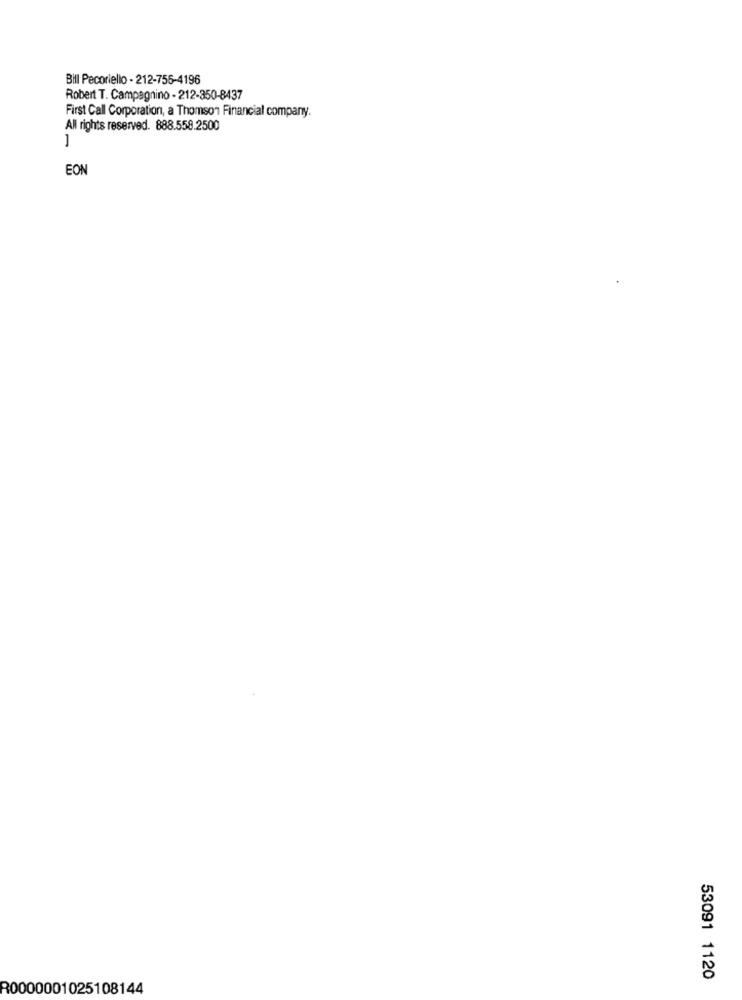
Bill Pecoriello - 212-755-4196
Robert T. Campagnino - 212-350-8437
First Call Corporation, a Thomson Financial company.
All rights reserved. 888.558.2500
-
EON
53091 1120
R0000001025108144